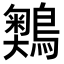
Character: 𪅞